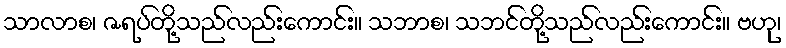
သာလာစ၊ ဇရပ်တို့သည်လည်းကောင်း။ သဘာစ၊ သဘင်တို့သည်လည်းကောင်း။ ဗဟု၊